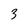
Character: 3